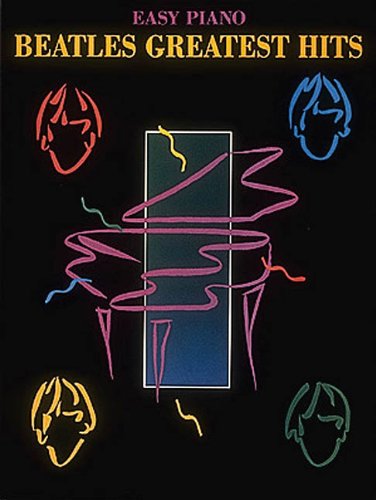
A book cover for Beatles Greatest Hits [Easy Piano]; The Beatles; Arts & Photography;